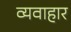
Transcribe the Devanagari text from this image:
व्यवाहार